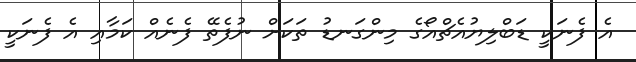
އެ ފެނަކީ ޑަބްލިޔުއެޗްއޯގެ މިންގަނޑު ތަކަށް ނުފެތޭ ފެނެއް ކަމާއި އެ ފެނަކީ